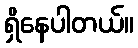
ရှိနေပါတယ်။